Civil Veterinary Department. United Provinces 1932-42 - 1932-1942
Year: 1932
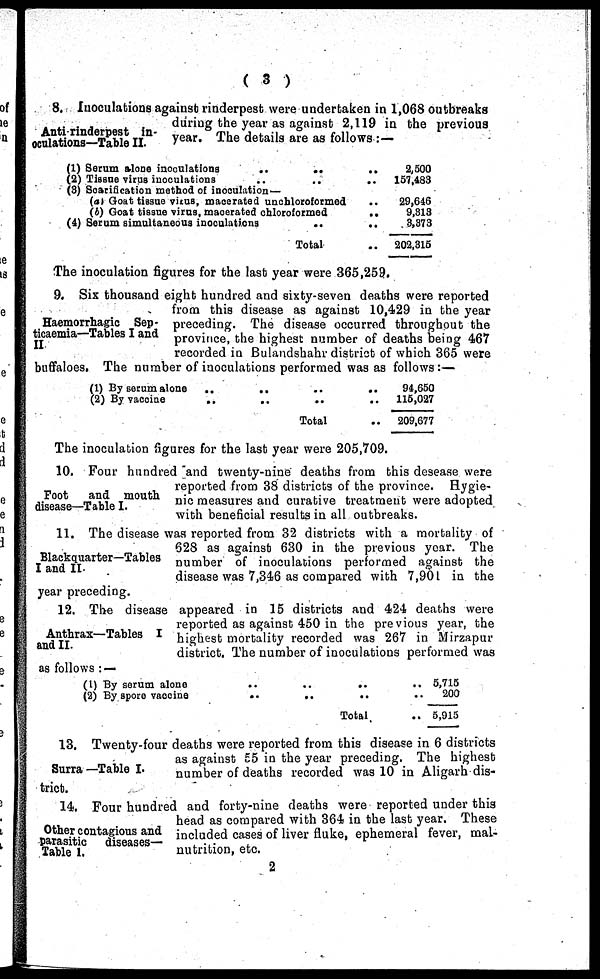
( 3 )
Anti rinderpest in-
oculations—Table II.
8. Inoculations against rinderpest were undertaken in 1,068 outbreaks
during the year as against 2,119 in the previous
year. The details are as follows :—
(1) Serum alone inoculations
..
.. ..
(2) Tissue virus inoculations .. .. ..
(3) Scarification method of inoculation—
(a) Goat tissue virus, macerated unchloroformed ..
(b) Goat tissue virus, macerated chloroformed ..
(4) Serum simultaneous inoculations .. ..
Total ..
2,500
157,483
29,646
9,313
3,373
202,315
The inoculation figures for the last year were 365,259.
Haemorrhagic Sep-
ticaemia—Tables I and
II
9. Six thousand eight hundred and sixty-seven deaths were reported
from this disease as against 10,429 in the year
preceding. The disease occurred throughout the
province, the highest number of deaths being 467
recorded in Bulandshahr district of which 365 were
buffaloes. The number of inoculations performed was as follows:—
(1) By serum alone .. .. .. ..
(2) By vaccine .. .. .. ..
Total .. .. .. ..
94,650
115,027
209,677
The inoculation figures for the last year were 205,709.
Foot and mouth
disease—Table I.
10. Four hundred and twenty-nine deaths from this desease were
reported from 38 districts of the province. Hygie-
nic measures and curative treatment were adopted
with beneficial results in all outbreaks.
Blackquarter—Tables
I and II.
11. The disease was reported from 32 districts with a mortality of
628 as against 630 in the previous year. The
number of inoculations performed against the
disease was 7,346 as compared with 7,901 in the
year preceding.
Anthrax—Tables I
and II.
12. The disease appeared in 15 districts and 424 deaths were
reported as against 450 in the previous year, the
highest mortality recorded was 267 in Mirzapur
district. The number of inoculations performed was
as follows : —
(l) By serum alone
(2) By spore vaccine
Total ..
5,715
200
5,915
Surra—Table I.
13. Twenty-four deaths were reported from this disease in 6 districts
as against 55 in the year preceding. The highest
number of deaths recorded was 10 in Aligarh dis-
trict.
Other contagious and
parasitic diseases-
Table 1.
14. Four hundred and forty-nine deaths were reported under this
head as compared with 364 in the last year. These
included cases of liver fluke, ephemeral fever, mal-
nutrition, etc.
2